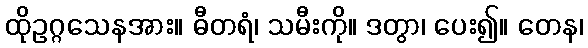
ထိုဥဂ္ဂသေနအား။ ဓီတရံ၊ သမီးကို။ ဒတွာ၊ ပေး၍။ တေန၊